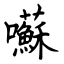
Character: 囌